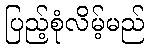
ပြည့်စုံလိမ့်မည်